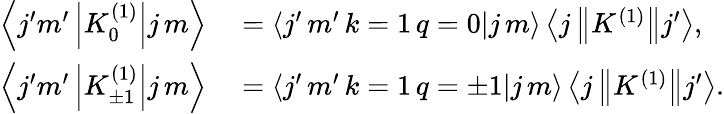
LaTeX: \begin{array}{rl}{\left\langle j^{\prime}m^{\prime}\left|K_{0}^{(1)}\right|j\, m\right\rangle}&{{}=\left\langle j^{\prime}\, m^{\prime}\, k=1\, q=0|j\, m\right\rangle\left\langle j\left\| K^{(1)}\right\| j^{\prime}\right\rangle,}\\ {\left\langle j^{\prime}m^{\prime}\left|K_{\pm 1}^{(1)}\right|j\, m\right\rangle}&{{}=\left\langle j^{\prime}\, m^{\prime}\, k=1\, q=\pm 1|j\, m\right\rangle\left\langle j\left\| K^{(1)}\right\| j^{\prime}\right\rangle.}\end{array}